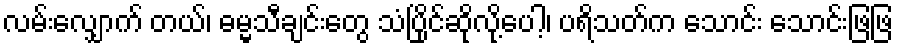
လမ်းလျှောက် တယ်၊ ဓမ္မသီချင်းတွေ သံပြိုင်ဆိုလို့ပေါ့၊ ပရိသတ်က သောင်း သောင်းဖြဖြ